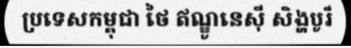
ប្រទេសកម្ពុជា ថៃ ឥណ្ឌូនេស៊ី សិង្ហបូរី